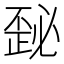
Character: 𰀜